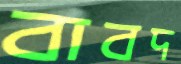
বাবদ